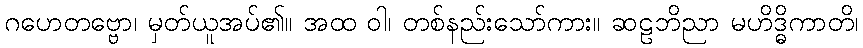
ဂဟေတဗ္ဗော၊ မှတ်ယူအပ်၏။ အထ ဝါ၊ တစ်နည်းသော်ကား။ ဆဠဘိညာ မဟိဒ္ဓိကာတိ၊